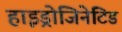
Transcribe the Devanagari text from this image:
हाइड्रोजिनेटिड